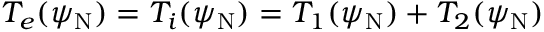
T _ { e } ( \psi _ { \mathrm { N } } ) = T _ { i } ( \psi _ { \mathrm { N } } ) = T _ { 1 } ( \psi _ { \mathrm { N } } ) + T _ { 2 } ( \psi _ { \mathrm { N } } )